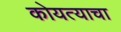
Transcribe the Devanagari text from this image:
कोयत्याचा